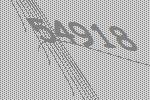
54918